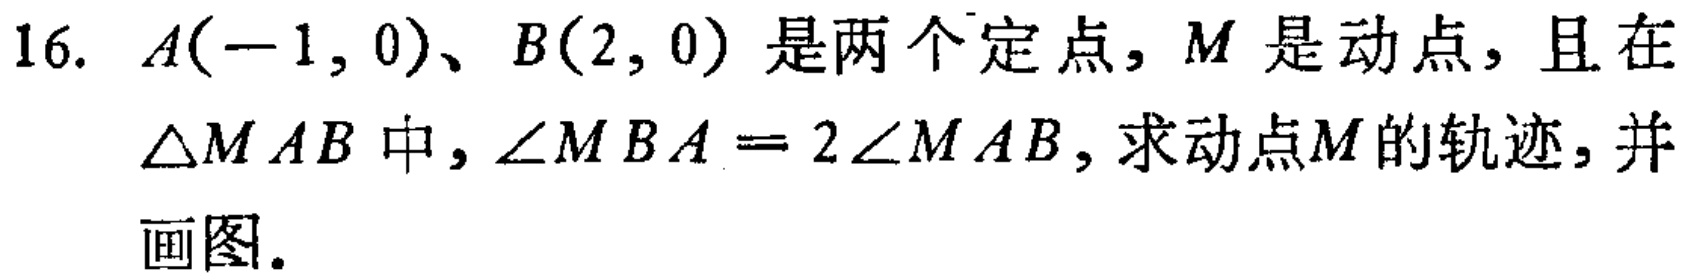
16. \(A(-1,0)\)、\(B(2,0)\) 是两个定点，\(M\) 是动点，且在\(\triangle MAB\) 中，\(\angle MBA = 2\angle MAB\)，求动点\(M\)的轨迹，并画图。